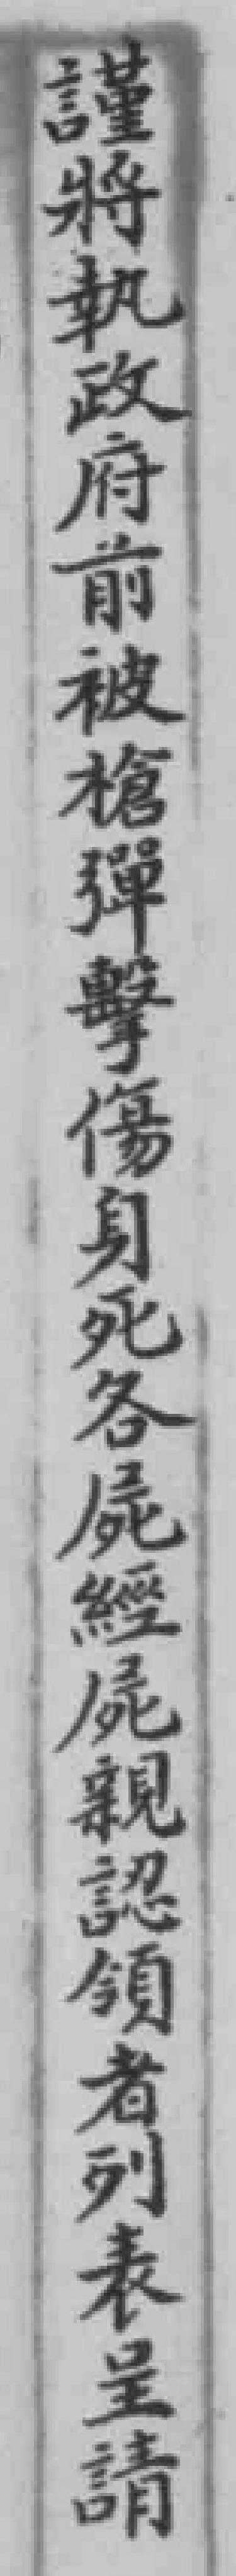
謹將執政府前被槍彈擊傷身死各屍經屍親認領者列表呈請